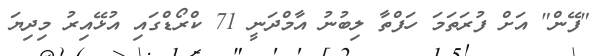
"ފޭން" އަށް ފުރަތަމަ ހަފްތާ ލިބުނު އާމްދަނީ 71 ކްރޯޑްގައި އުޅޭއިރު މިދިޔަ